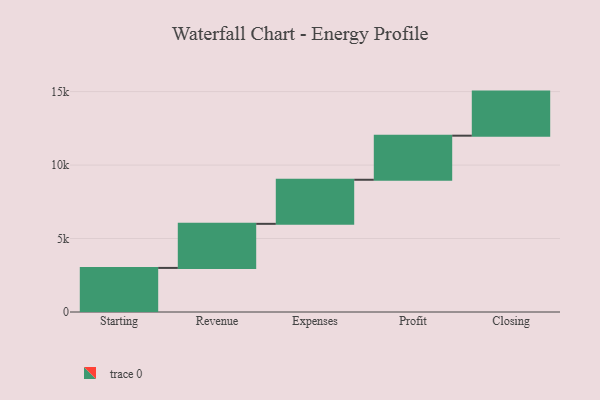
{"axis": {"x": "Step", "y": "Value"}, "legend": [""], "data": [{"x": "Starting", "y": 3000, "type": ""}, {"x": "Revenue", "y": 3000, "type": ""}, {"x": "Expenses", "y": 3000, "type": ""}, {"x": "Profit", "y": 3000, "type": ""}, {"x": "Closing", "y": 3000, "type": ""}]}